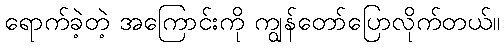
ရောက်ခဲ့တဲ့ အကြောင်းကို ကျွန်တော်ပြောလိုက်တယ်။